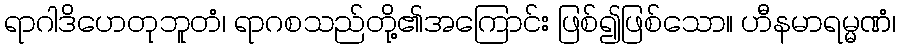
ရာဂါဒိဟေတုဘူတံ၊ ရာဂစသည်တို့၏အကြောင်း ဖြစ်၍ဖြစ်သော။ ဟီနမာရမ္မဏံ၊